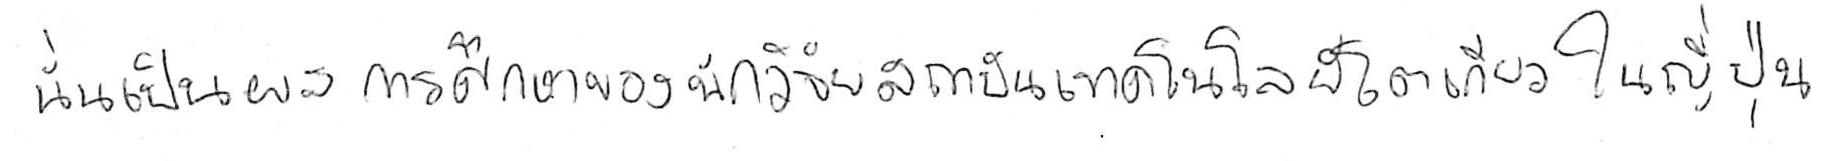
นั่นเป็นผลการศึกษาของนักวิจัยสถาบันเทคโนโลยีโตเกียว ในญี่ปุ่น